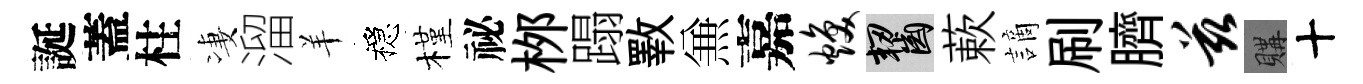
誕蓋柱凄溜羊穩槿祕桞蹋斁𠔥嘉焕齧蔌謫刷臍兹購十